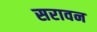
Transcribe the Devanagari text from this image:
सरावन